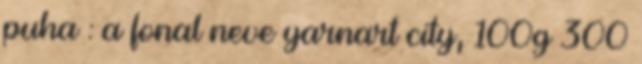
puha : a fonal neve yarnart city, 100g 300